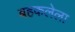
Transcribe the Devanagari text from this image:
बहकलेला